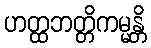
ဟတ္ထဘတ္တိကမ္မန္တိ